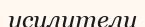
усилители